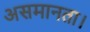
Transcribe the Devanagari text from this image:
असमानता।